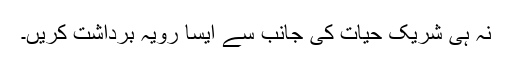
نہ ہی شریک حیات کی جانب سے ایسا رویہ برداشت کریں۔